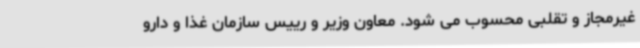
غیرمجاز و تقلبی محسوب می شود. معاون وزیر و رییس سازمان غذا و دارو